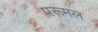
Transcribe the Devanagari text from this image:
परूमल